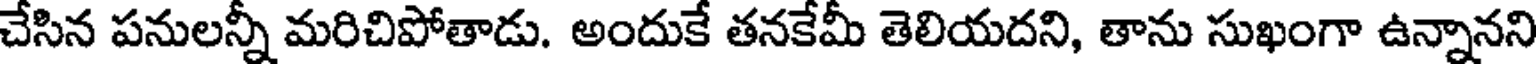
చేసిన పనులన్నీ మరిచిపోతాడు. అందుకే తనకేమీ తెలియదని, తాను సుఖంగా ఉన్నానని